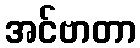
အင်ဗာတာ